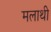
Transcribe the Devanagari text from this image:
मलाथी